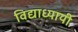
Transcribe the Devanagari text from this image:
विद्याध्यायी